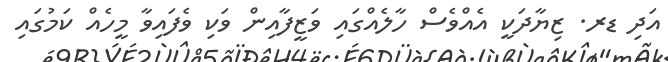
އަދި ޑރ. ޒިޔާދަކީ އެއްވެސް ހާލެއްގައި ވަޒީފާއިން ވަކި ވެފައިވާ މީހެއް ކަމުގައި